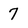
Character: 7